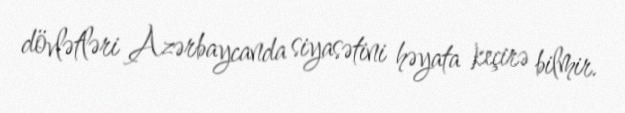
dövlətləri Azərbaycanda siyasətini həyata keçirə bilmir.